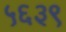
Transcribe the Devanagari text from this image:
५६३९